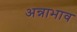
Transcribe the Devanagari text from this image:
अन्नाभाव